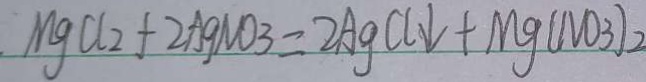
M g C l _ { 2 } + 2 A g N O _ { 3 } = 2 A g C l \downarrow + M g ( N O _ { 3 } )